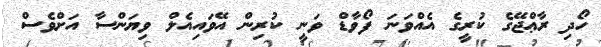
ހޯދި ރާޢްޖޭގެ ކުރީގެ އެއްވަނަ ފޯވާޑް ވަނީ ކުރިން އޭވައިއެލް ވިޔަންސާ އަށްވެސް